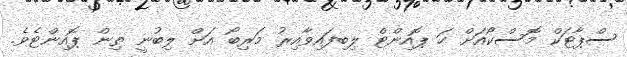
ސްޕާޓަކް މޮސްކޯއަށް ހަ ޕޮއިންޓް ލިބިފައިވާއިރު މަރިބޯ އަށް ލިބުނީ ތިން ޕޮއިންޓެވެ.